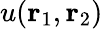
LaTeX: u({\mathbf{r}_{1}},{\mathbf{r}_{2}})